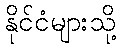
နိုင်ငံများသို့